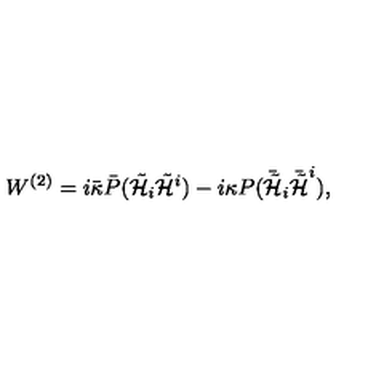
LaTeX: W ^ { ( 2 ) } = i \bar { \kappa } \bar { P } ( { \tilde { \cal H } } _ { i } { \tilde { \cal H } } ^ { i } ) - i \kappa P ( \bar { { \tilde { \cal H } } } _ { i } \bar { { \tilde { \cal H } } } ^ { i } ) ,